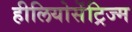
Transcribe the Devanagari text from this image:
हीलियोसेंट्रिज्म